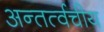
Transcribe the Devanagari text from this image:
अन्तर्त्वचीय